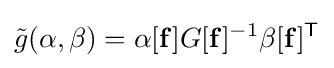
{\tilde {g}}(\alpha ,\beta )=\alpha [\mathbf {f} ]G[\mathbf {f} ]^{-1}\beta [\mathbf {f} ]^{\mathsf {T}}